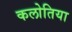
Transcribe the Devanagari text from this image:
कलोतिया